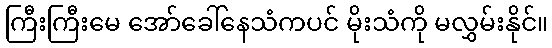
ကြီးကြီးမေ အော်ခေါ်နေသံကပင် မိုးသံကို မလွှမ်းနိုင်။